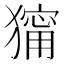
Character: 𤢆